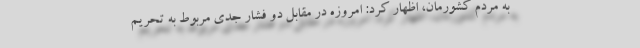
به مردم کشورمان، اظهار کرد: امروزه در مقابل دو فشار جدی مربوط به تحریم